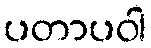
ပတာပဝါ